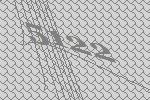
5122